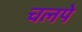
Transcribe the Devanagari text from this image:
चलपे